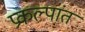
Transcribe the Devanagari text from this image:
प्रकल्पांत